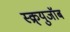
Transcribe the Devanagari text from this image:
स्क्र्युजॉब